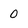
Character: 0